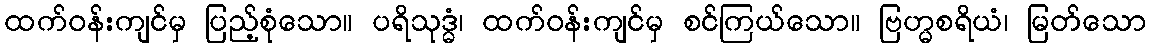
ထက်ဝန်းကျင်မှ ပြည့်စုံသော။ ပရိသုဒ္ဓံ၊ ထက်ဝန်းကျင်မှ စင်ကြယ်သော။ ဗြဟ္မစရိယံ၊ မြတ်သော